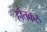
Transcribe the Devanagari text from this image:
होतकरु